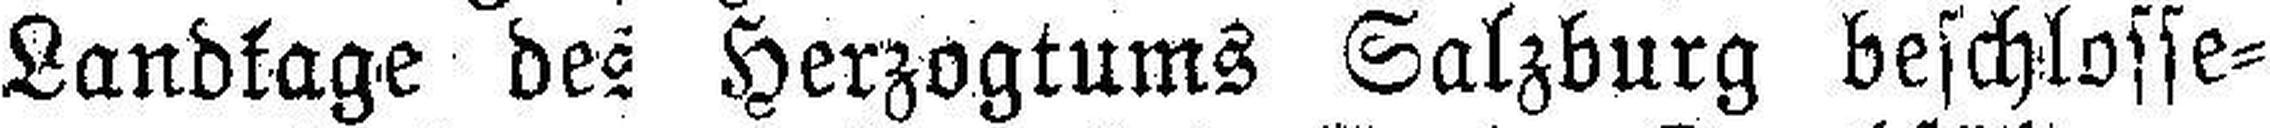
Landtage des Herzogtums Salzburg beschlosse¬